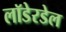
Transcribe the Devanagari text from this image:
लॉडेरडेल